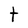
Character: t